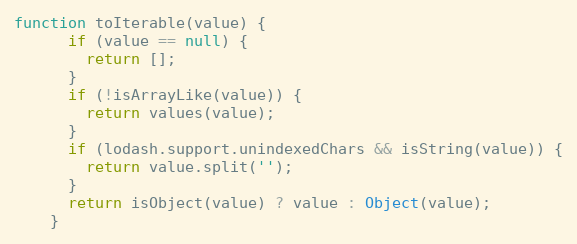
Language: JavaScript
function toIterable(value) {
      if (value == null) {
        return [];
      }
      if (!isArrayLike(value)) {
        return values(value);
      }
      if (lodash.support.unindexedChars && isString(value)) {
        return value.split('');
      }
      return isObject(value) ? value : Object(value);
    }